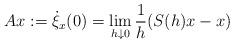
LaTeX: \begin{align*}Ax:=\dot{\xi}_x(0)=\lim_{h\downarrow 0}\frac{1}{h}(S(h)x -x)\end{align*}